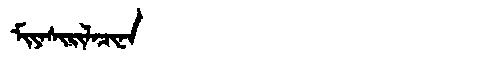
Manchu: ᠮᡳᠶᠠᠰᡳᡵᡳᠯᠠᠴᡳᠨᠠ
Romanization: MIYASIRILACINA